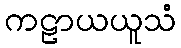
ကဠာယယူသံ